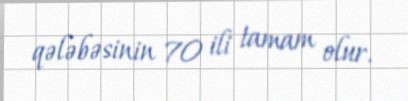
qələbəsinin 70 ili tamam olur.